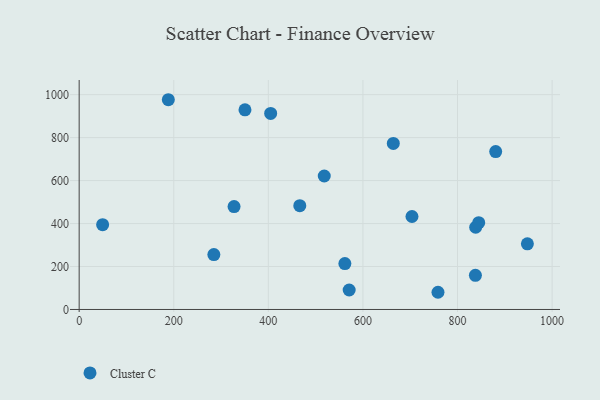
{"axis": {"x": "Study Hours", "y": "Profit"}, "legend": ["Cluster C"], "data": [{"x": "188.5", "y": 976.3, "type": "Cluster C"}, {"x": "404.9", "y": 912.6, "type": "Cluster C"}, {"x": "838.4", "y": 382.8, "type": "Cluster C"}, {"x": "837.8", "y": 159.2, "type": "Cluster C"}, {"x": "284.8", "y": 255.4, "type": "Cluster C"}, {"x": "947.7", "y": 305.7, "type": "Cluster C"}, {"x": "561.8", "y": 213.6, "type": "Cluster C"}, {"x": "758.7", "y": 80.1, "type": "Cluster C"}, {"x": "703.7", "y": 432.8, "type": "Cluster C"}, {"x": "664.2", "y": 772.9, "type": "Cluster C"}, {"x": "327.5", "y": 479.2, "type": "Cluster C"}, {"x": "570.9", "y": 90.7, "type": "Cluster C"}, {"x": "844.8", "y": 404.2, "type": "Cluster C"}, {"x": "350.6", "y": 929.2, "type": "Cluster C"}, {"x": "466.5", "y": 483.1, "type": "Cluster C"}, {"x": "49.6", "y": 394.7, "type": "Cluster C"}, {"x": "880.7", "y": 734.8, "type": "Cluster C"}, {"x": "518.2", "y": 621.4, "type": "Cluster C"}]}